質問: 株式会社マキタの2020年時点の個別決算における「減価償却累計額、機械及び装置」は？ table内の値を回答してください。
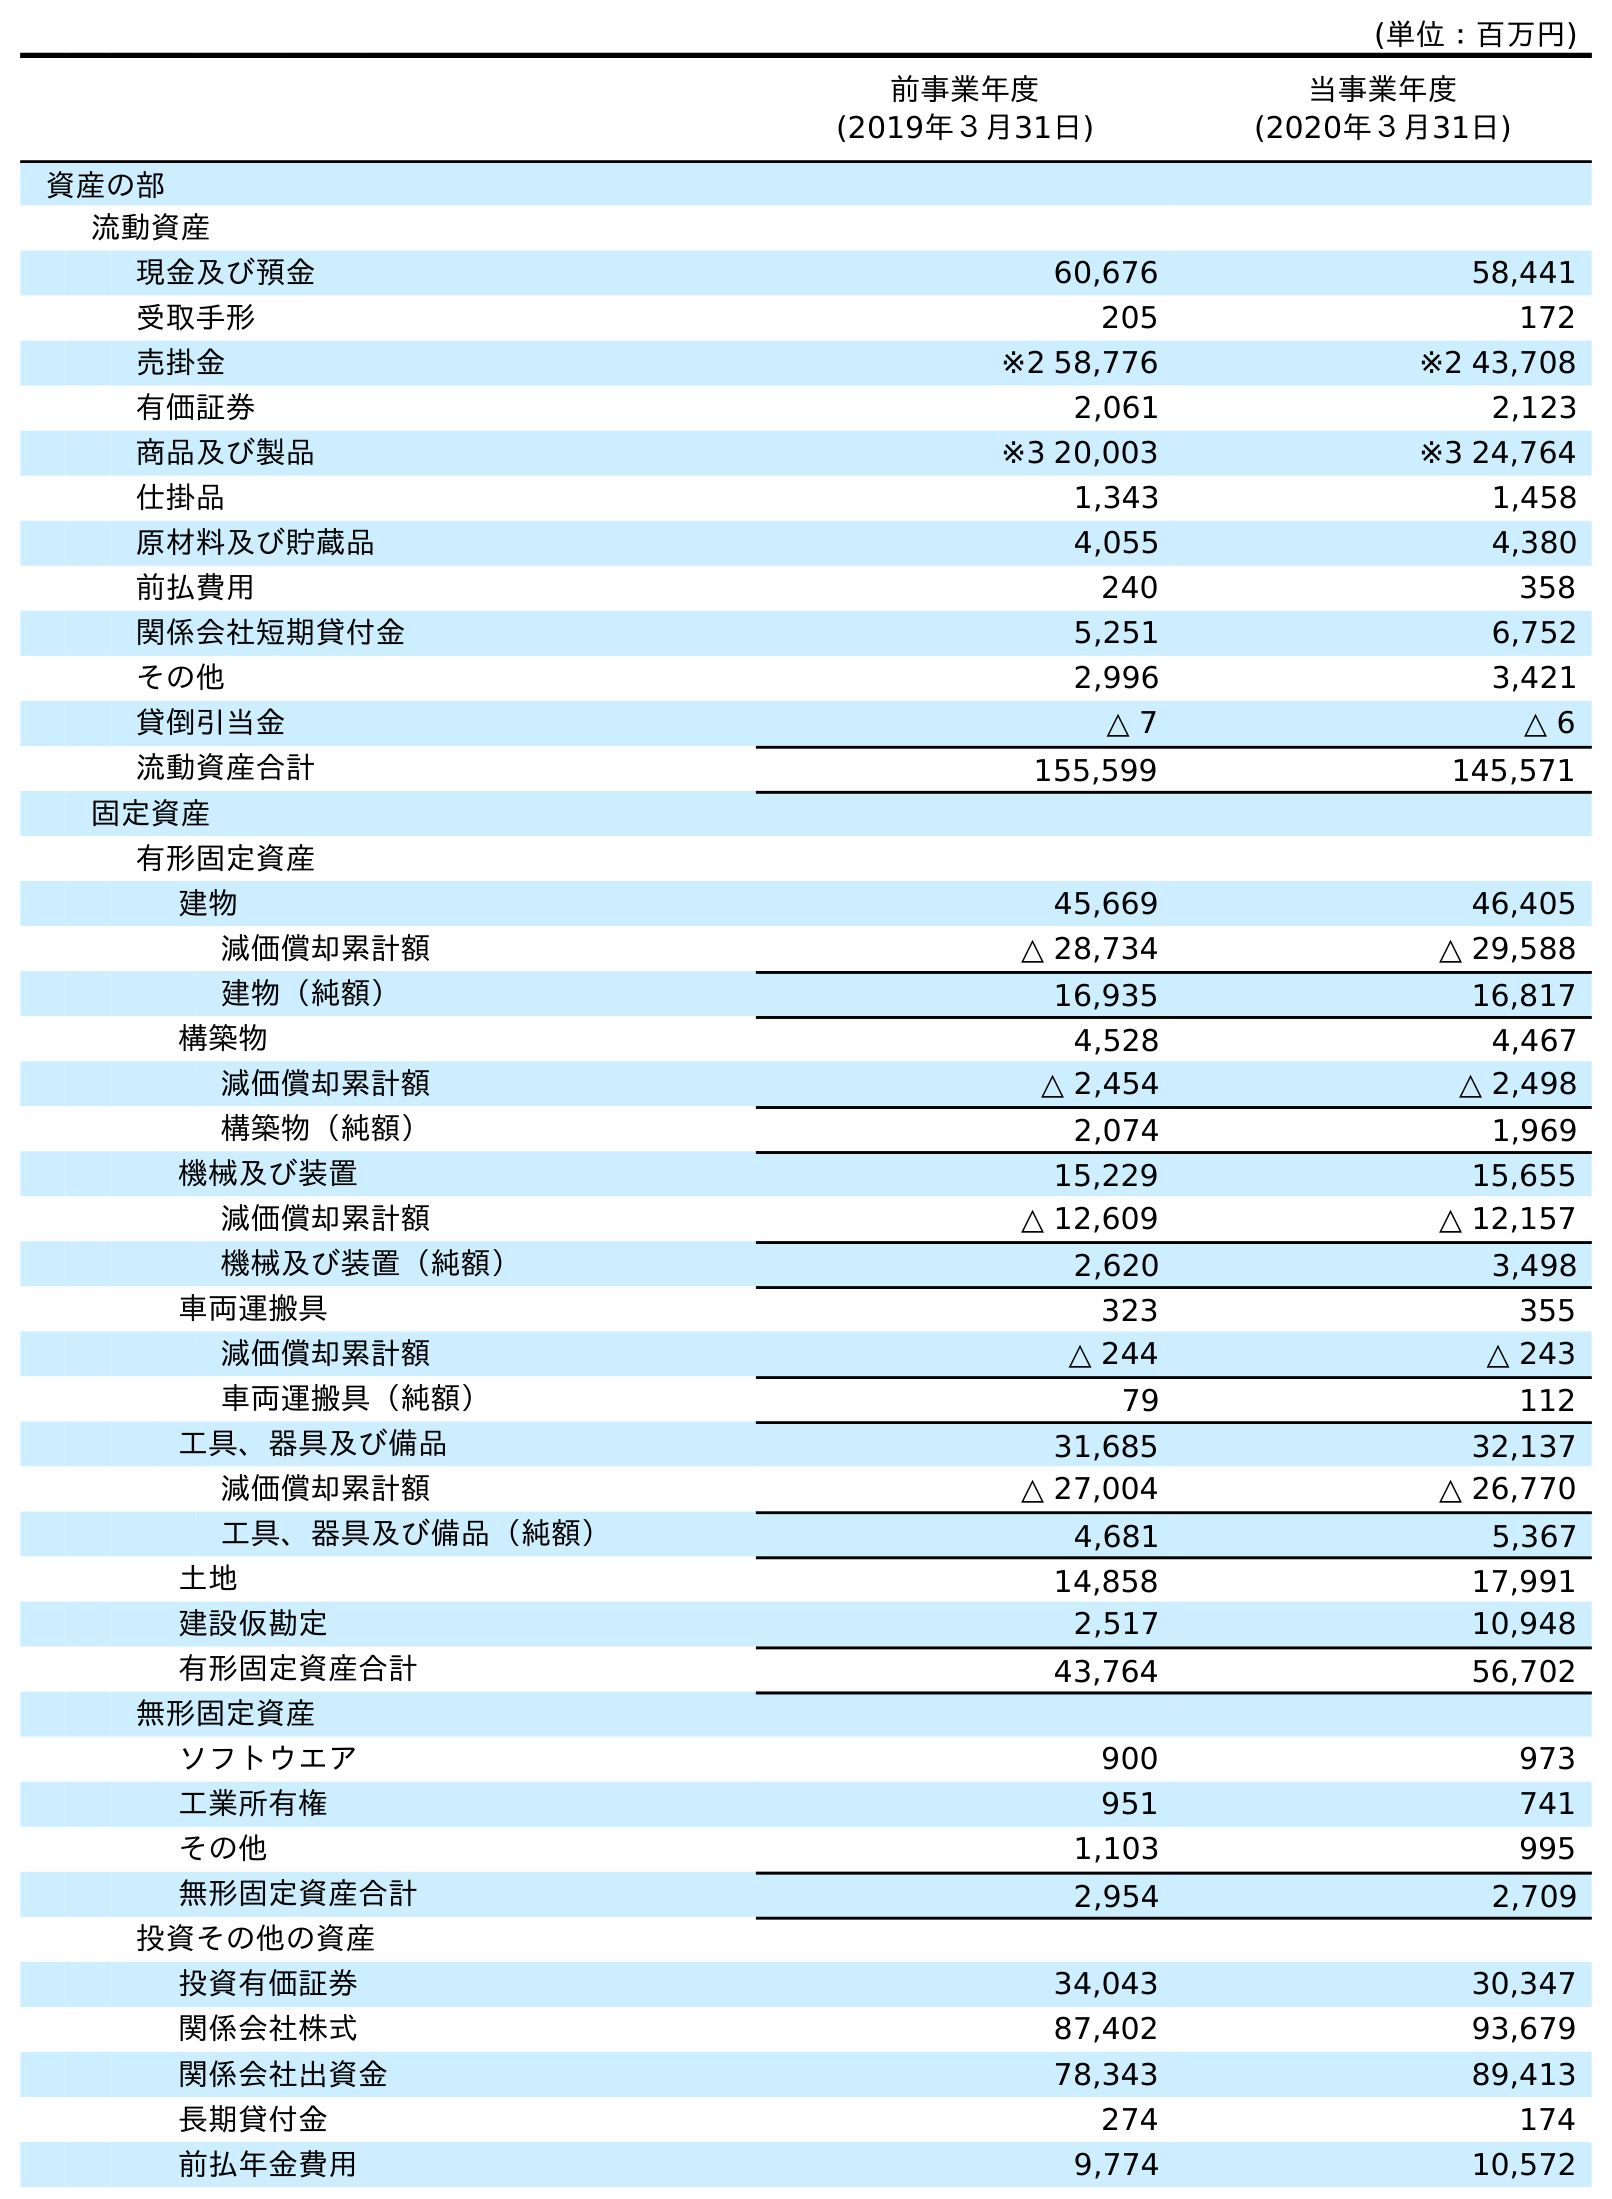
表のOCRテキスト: (単位：百万円) 前事業年度 (2019年３月31日) 当事業年度 (2020年３月31日) 資産の部 流動資産 現金及び預金 60,676 58,441 受取手形 205 172 売掛金 ※2 58,776 ※2 43,708 有価証券 2,061 2,123 商品及び製品 ※3 20,003 ※3 24,764 仕掛品 1,343 1,458 原材料及び貯蔵品 4,055 4,380 前払費用 240 358 関係会社短期貸付金 5,251 6,752 その他 2,996 3,421 貸倒引当金 △ 7 △ 6 流動資産合計 155,599 145,571 固定資産 有形固定資産 建物 45,669 46,405 減価償却累計額 △ 28,734 △ 29,588 建物（純額） 16,935 16,817 構築物 4,528 4,467 減価償却累計額 △ 2,454 △ 2,498 構築物（純額） 2,074 1,969 機械及び装置 15,229 15,655 減価償却累計額 △ 12,609 △ 12,157 機械及び装置（純額） 2,620 3,498 車両運搬具 323 355 減価償却累計額 △ 244 △ 243 車両運搬具（純額） 79 112 工具、器具及び備品 31,685 32,137 減価償却累計額 △ 27,004 △ 26,770 工具、器具及び備品（純額） 4,681 5,367 土地 14,858 17,991 建設仮勘定 2,517 10,948 有形固定資産合計 43,764 56,702 無形固定資産 ソフトウエア 900 973 工業所有権 951 741 その他 1,103 995 無形固定資産合計 2,954 2,709 投資その他の資産 投資有価証券 34,043 30,347 関係会社株式 87,402 93,679 関係会社出資金 78,343 89,413 長期貸付金 274 174 前払年金費用 9,774 10,572
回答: △12,157